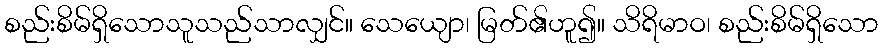
စည်းစိမ်ရှိသောသူသည်သာလျှင်။ သေယျော၊ မြတ်၏ဟူ၍။ သိရိမာဝ၊ စည်းစိမ်ရှိသော